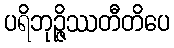
ပရိဘုဉ္ဇိဿတီတိပေ